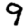
Digit: 9